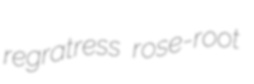
regratress rose-root